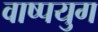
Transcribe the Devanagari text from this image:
वाष्पयुग